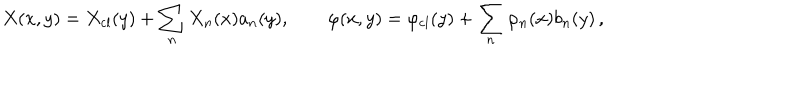
X ( x , y ) = X _ { \mathrm { c l } } ( y ) + \sum _ { n } X _ { n } ( x ) a _ { n } ( y ) , \qquad \varphi ( x , y ) = \varphi _ { \mathrm { c l } } ( y ) + \sum _ { n } \varphi _ { n } ( x ) b _ { n } ( y ) \, ,